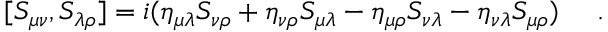
[ S _ { \mu \nu } , S _ { \lambda \rho } ] = i ( \eta _ { \mu \lambda } S _ { \nu \rho } + \eta _ { \nu \rho } S _ { \mu \lambda } - \eta _ { \mu \rho } S _ { \nu \lambda } - \eta _ { \nu \lambda } S _ { \mu \rho } ) ~ ~ ~ ~ .